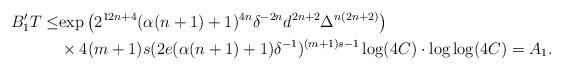
LaTeX: \begin{align*}B'_1T\le&\mathrm{exp}\left (2^{12n+4}(\alpha(n+1)+1)^{4n}\delta^{-2n}d^{2n+2}\Delta^{n(2n+2)}\right)\\&\times 4(m+1)s(2e(\alpha(n+1)+1)\delta^{-1})^{(m+1)s-1}\log (4C)\cdot\log\log (4C)=A_1.\end{align*}